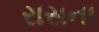
રાસના